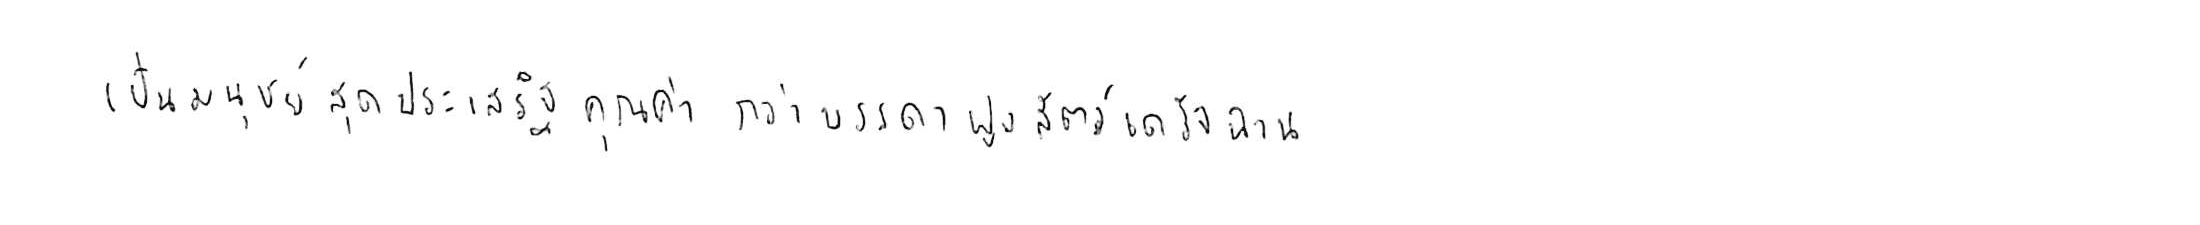
เป็นมนุษย์สุดประเสริฐเลิศคุณค่า กว่าบรรดาฝูงสัตว์เดรัจฉาน